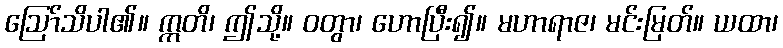
ဩော်သိပါ၏။ ဣတိ၊ ဤသို့။ ဝတွာ၊ ဟောပြီး၍။ မဟာရာဇ၊ မင်းမြတ်။ ယထာ၊